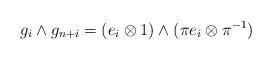
LaTeX: \begin{align*} g_i \wedge g_{n+i} = (e_i \otimes 1) \wedge (\pi e_i \otimes \pi^{-1})\end{align*}